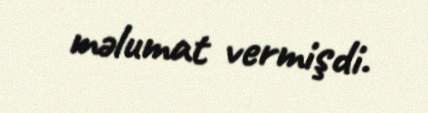
məlumat vermişdi.